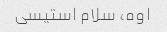
اوه، سلام استیسی